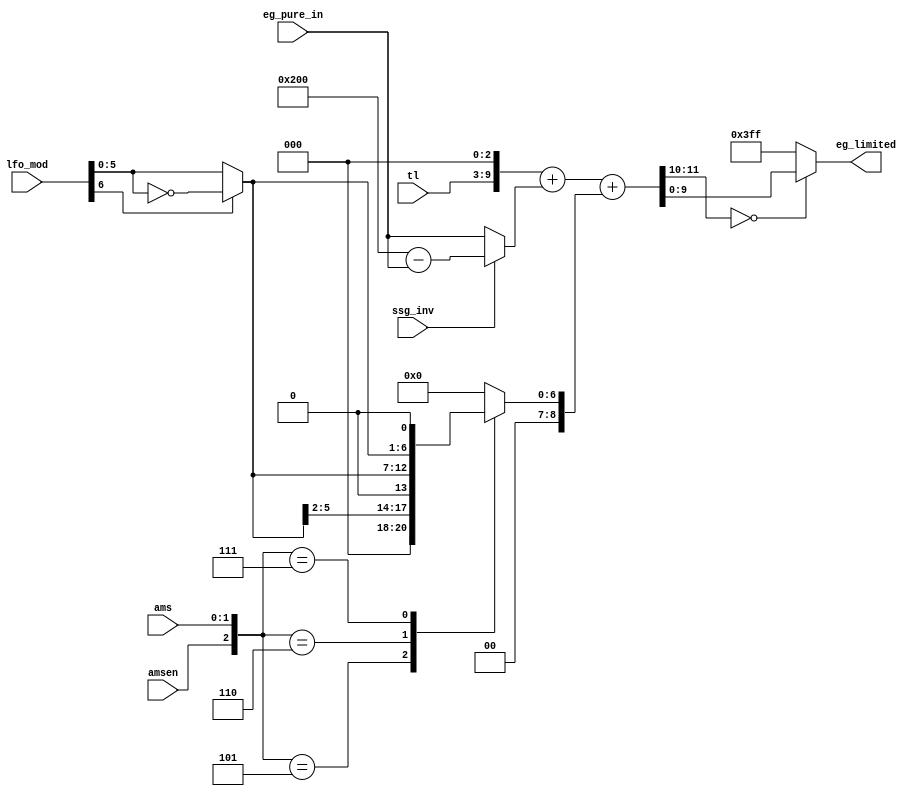
module jt12_eg_final(
	input [ 6:0] lfo_mod,
	input        amsen,
	input [ 1:0] ams,
	input [ 6:0] tl,
	input [ 9:0] eg_pure_in,
	input 		 ssg_inv,
	output reg	[9:0] eg_limited
);

reg	[ 8:0]	am_final;
reg	[11:0]	sum_eg_tl;
reg	[11:0]	sum_eg_tl_am;
reg	[ 5:0]	am_inverted;
reg [ 9:0]	eg_pream;

always @(*) begin
	am_inverted = lfo_mod[6] ? ~lfo_mod[5:0] : lfo_mod[5:0];
end

always @(*) begin
	casez( {amsen, ams } )
		default: am_final = 9'd0;
		3'b1_01: am_final = { 5'd0, am_inverted[5:2]	};
		3'b1_10: am_final = { 3'd0, am_inverted 		};
		3'b1_11: am_final = { 2'd0, am_inverted, 1'b0	};
	endcase
	eg_pream = ssg_inv ? (10'h200-eg_pure_in) : eg_pure_in;
	sum_eg_tl = {  1'b0, tl,   3'd0 } + {1'b0, eg_pream}; // leading zeros needed to compute correctly
	sum_eg_tl_am = sum_eg_tl + { 3'd0, am_final };
end

always @(*)  
	eg_limited = sum_eg_tl_am[11:10]==2'd0 ? sum_eg_tl_am[9:0] : 10'h3ff;

endmodule